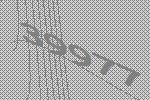
39977